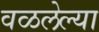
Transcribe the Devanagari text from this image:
वळलेल्या